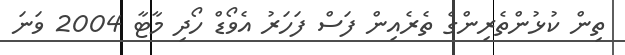
ތިން ކުޅުންތެރިންގެ ތެރެއިން ފަސް ފަހަރު އެވޯޑް ހޯދި މާޓާ 2004 ވަނަ